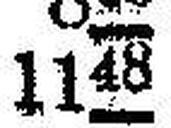
1148